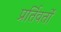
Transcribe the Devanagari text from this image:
प्रर्तिवर्तों